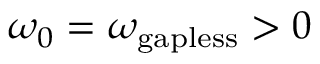
\omega _ { 0 } = \omega _ { \mathrm { g a p l e s s } } > 0